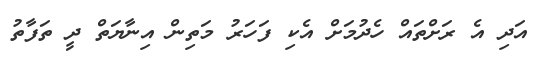
އަދި އެ ރަށްތައް ހެދުމަށް އެކި ފަހަރު މަތިން އިނާޔަތް ދީ ތަފާތު